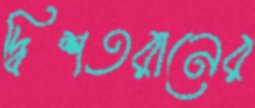
দ্বিশতরানের